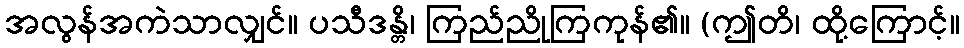
အလွန်အကဲသာလျှင်။ ပသီဒန္တိ၊ ကြည်ညိုကြကုန်၏။ (ဤတိ၊ ထို့ကြောင့်။